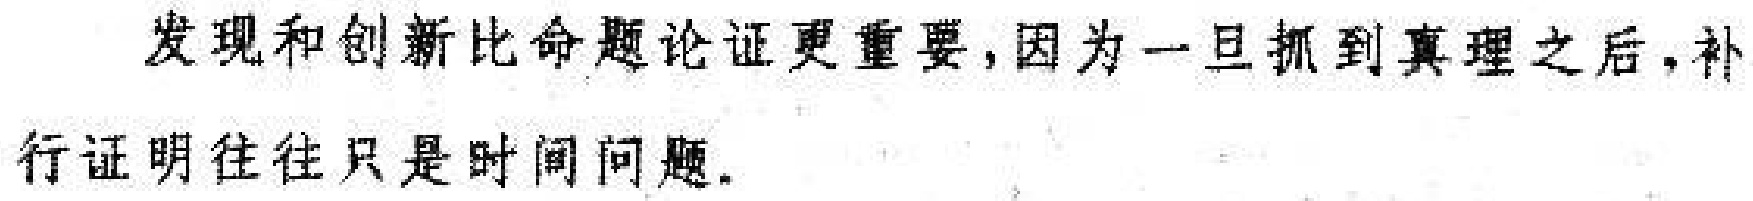
发现和创新比命题论证更重要,因为一旦抓到真理之后,补行证明往往只是时间问题.